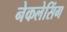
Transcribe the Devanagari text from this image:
नेकलेसिंग